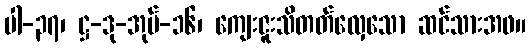
ပါ-၃၇၊ ဋ္ဌ-ဒု-အုပ်-၁၆၊ ကျေးဇူးသိတတ်လှေသော ဆင်သားအဖ။